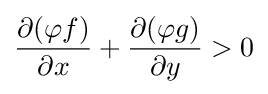
{\frac {\partial (\varphi f)}{\partial x}}+{\frac {\partial (\varphi g)}{\partial y}}>0